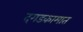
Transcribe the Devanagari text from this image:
दगडकामात